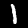
Digit: 1